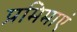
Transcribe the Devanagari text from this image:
प्रमिमाएं